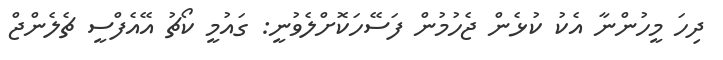
ދިހަ މީހުންނާ އެކު ކުޅެން ޖެހުމުން ފަސޭހަކޮށްލެވުނީ: ގައުމީ ކޯޗު އޭއެފްސީ ޗެލެންޖް